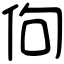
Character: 佝